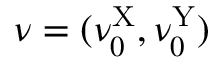
\nu = ( \nu _ { 0 } ^ { \mathrm { X } } , \nu _ { 0 } ^ { \mathrm { Y } } )